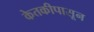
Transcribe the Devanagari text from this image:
केतकीपासून